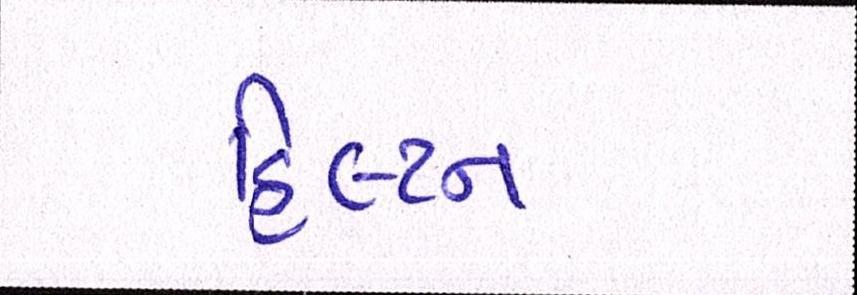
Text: હિલ્ટન